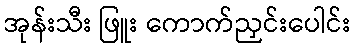
အုန်းသီး ဖြူး ကောက်ညှင်းပေါင်း